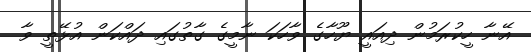
އޭނާ ހީކުރަމުން ދިއައީ ޔޫހާގެ ވާހަކަ ނާމީގެ ގާތުގައި ދައްކަން އުޅޭތީ ވާ